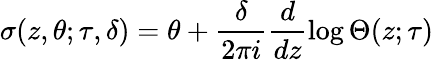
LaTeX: \sigma(z,\theta;\tau,\delta)=\theta+\frac{\delta}{2\pi i}\frac{d}{dz}\log\Theta(z;\tau)